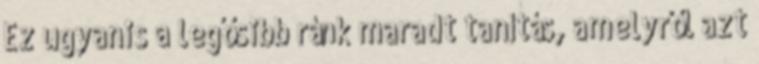
Ez ugyanis a legősibb ránk maradt tanítás, amelyről azt